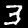
Label: 3